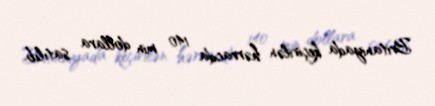
Britaniyada keçirilən hərracda 140 min dollara satılıb.